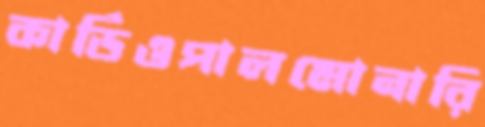
কার্ডিওপালমোনারি